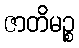
ဇာတိမဉ္စ